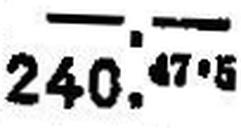
240.47.5